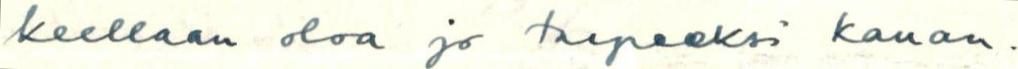
keellaan oloa jo tarpeeksi kauan.